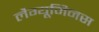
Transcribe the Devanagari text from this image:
लैग्यूमिनस